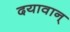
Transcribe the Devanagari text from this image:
दयावान्